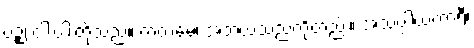
ပဉ္စ၊ ငါးပါးတို့သည်။ ကတမေ၊ အဘယ်သည်တို့တည်း။ အသပ္ပါယကာရီ၊